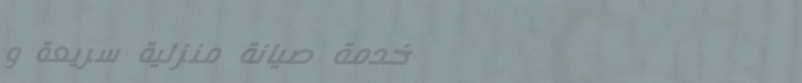
خدمة صيانة منزلية سريعة و